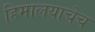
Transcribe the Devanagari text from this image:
हिमालयाचेच